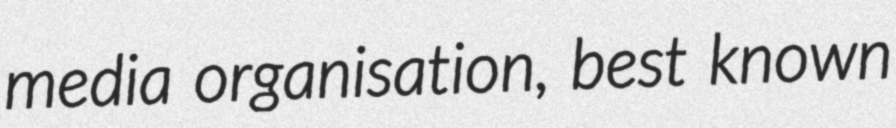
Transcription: media organisation, best known